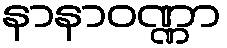
နာနာဝဏ္ဏာ